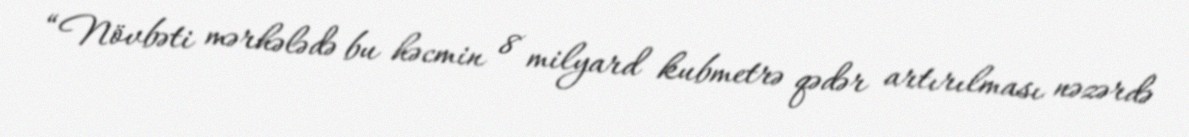
“Növbəti mərhələdə bu həcmin 8 milyard kubmetrə qədər artırılması nəzərdə